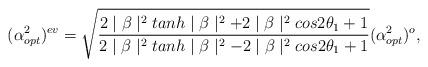
LaTeX: \begin{align*}(\alpha^{2}_{opt})^{ev}=\sqrt{\frac{2\mid\beta\mid^{2}tanh\mid\beta\mid^{2}+2\mid\beta\mid^{2}cos2\theta_{1}+1}{2\mid\beta\mid^{2}tanh\mid\beta\mid^{2}-2\mid\beta\mid^{2}cos2\theta_{1}+1}}(\alpha^{2}_{opt})^{o},\end{align*}